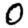
Digit: 0